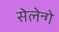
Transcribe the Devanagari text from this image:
सेलेन्गे